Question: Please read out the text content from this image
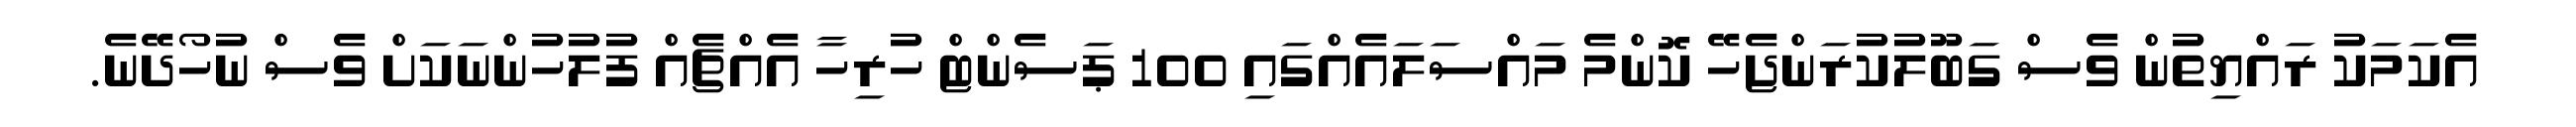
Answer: އެކަމަކު ރައްޔިތުން ވެސް ގަބޫލުކުރަންޖެހޭ ކޮންމެ މައްސަލައެއްގައި 100 ޕަސެންޓް ހުރިހާ އެއްޗެއް ފުލުހުންނަކަށް ވެސް ނުހޯދޭނެ.